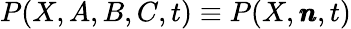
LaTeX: P(X,A,B,C,t)\equiv P(X,\pmb{n},t)